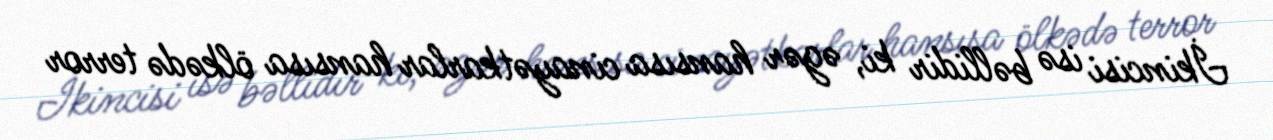
İkincisi isə bəllidir ki, əgər hansısa cinayətkarlar hansısa ölkədə terror